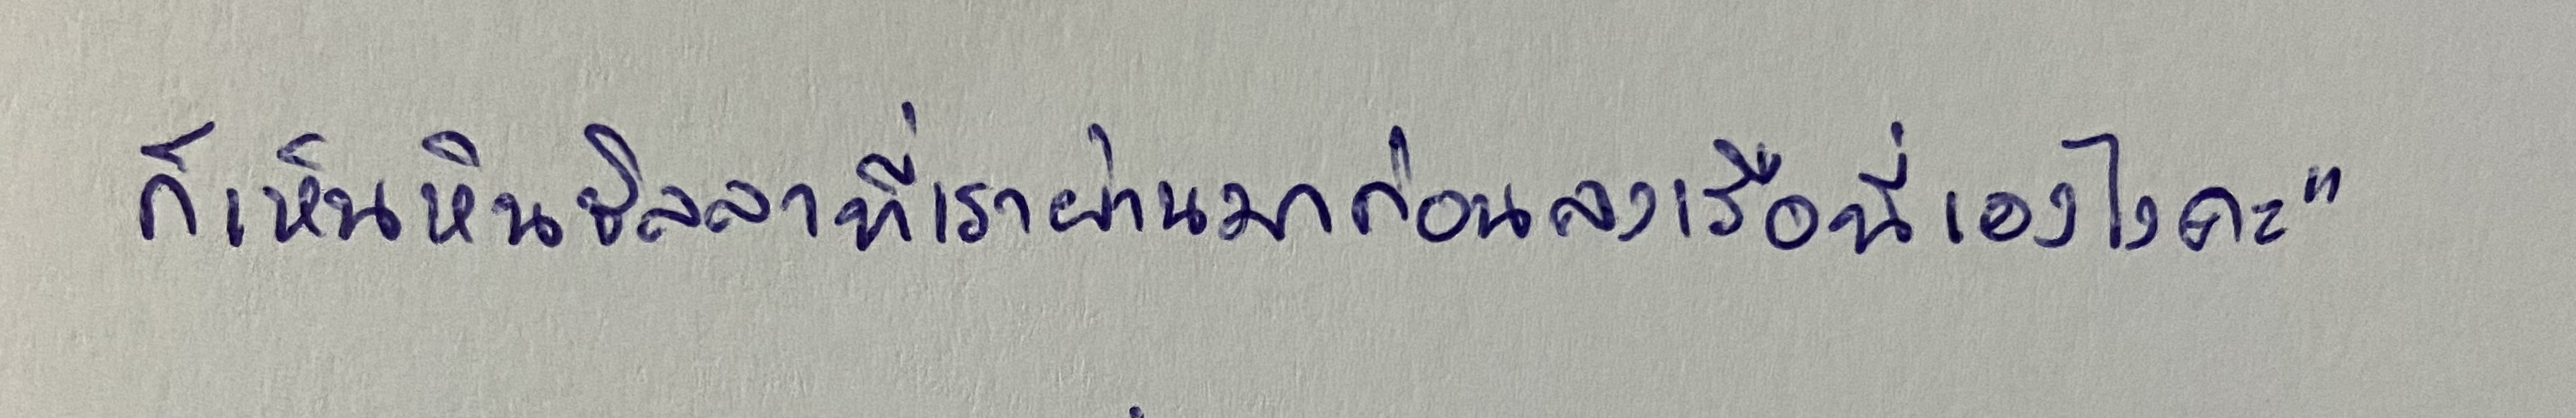
ก็เห็นหินซิลลาที่เราผ่านมาก่อนลงเรือนี่เองไงคะ"